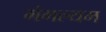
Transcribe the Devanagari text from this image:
मंगल्यम